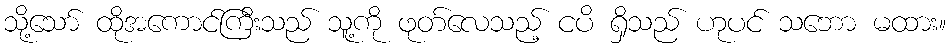
သို့သော် ထိုအကောင်ကြီးသည် သူ့ကို ဖုတ်လေသည့် ငပိ ရှိသည် ဟုပင် သဘော မထား။